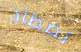
تصطاد